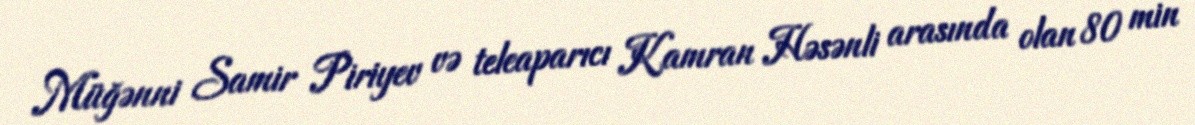
Müğənni Samir Piriyev və teleaparıcı Kamran Həsənli arasında olan 80 min